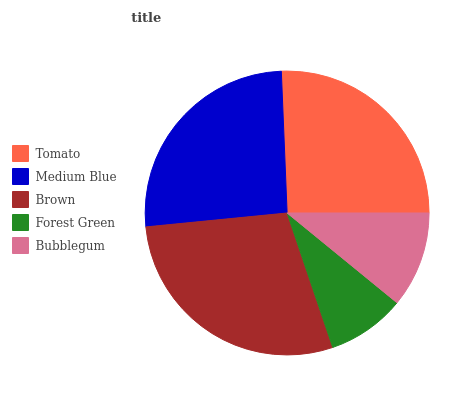
| Tomato | Medium Blue | Brown | Forest Green | Bubblegum |
 | --- | --- | --- | --- | --- |
 | 25.6% | 25.9% | 28.6% | 8.9% | 10.9% |